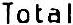
TOTAL